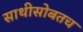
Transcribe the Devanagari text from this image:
साथीसोबतच